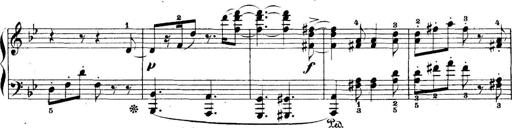
Title: 5 Sonatinas
Composer: Theodor Kirchner